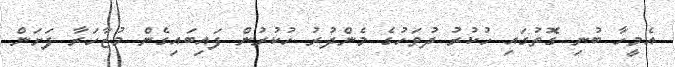
އެމީހާ ބުނި ގޮތުގައި ހުކުރު ދުވަހުގެ މެންދުރު ހުކުރުން ފައިބައިގެން މުޒާހަރާ ފަށަން